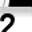
Digit: 2